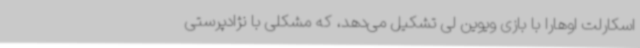
اسکارلت اوهارا با بازی ویوین لی تشکیل می‌دهد، که مشکلی با نژادپرستی